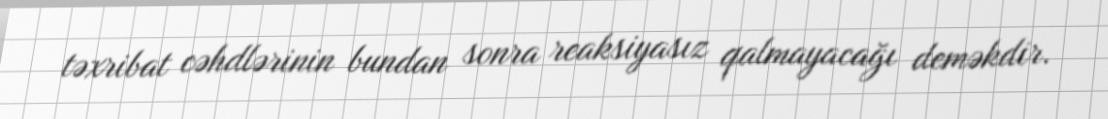
təxribat cəhdlərinin bundan sonra reaksiyasız qalmayacağı deməkdir.